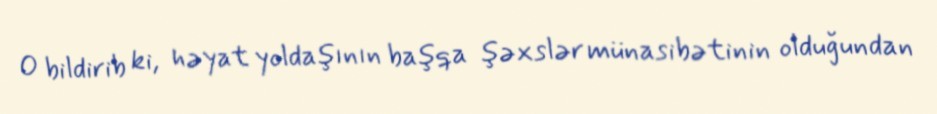
O bildirib ki, həyat yoldaşının başqa şəxslər münasibətinin olduğundan